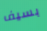
بسيف